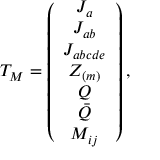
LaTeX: T _ { M } = \left( \begin{array} { c } { { J _ { a } } } \\ { { J _ { a b } } } \\ { { J _ { a b c d e } } } \\ { { Z _ { ( m ) } } } \\ { { Q } } \\ { { \bar { Q } } } \\ { { M _ { i j } } } \end{array} \right) ,